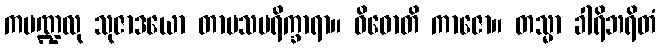
ကမဏ္ဍလု သုဇာဒယော တာပသပရိက္ခာရာ။ ဝိဓောတိ ကာဇော။ တသ္မာ ခါရိဘရိတံ